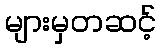
များမှတဆင့်